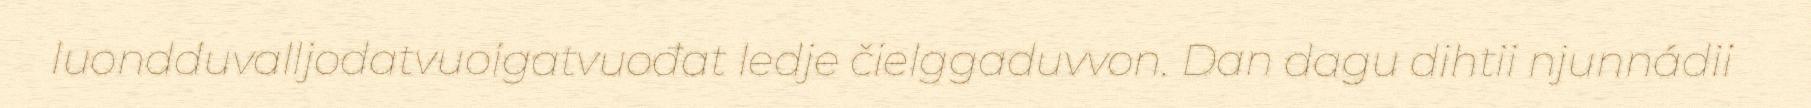
luondduvalljodatvuoigatvuođat ledje čielggaduvvon. Dan dagu dihtii njunnádii